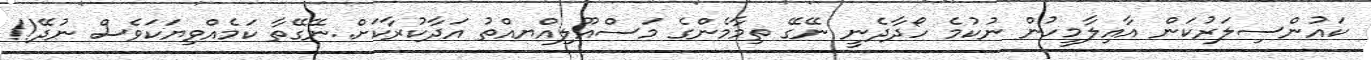
ކައުންސިލަރުކަން އާއިލާމީހުން ނުކުމެ ހޯދާދެނީ ނޭގޭ ތިމާމެންގެ މަސްއޫލިއްޔއްތު އަދާކުރާކަށް..ނޭގޭތާ ކަމެއްވިޔަކަވެސް ނުދޭ!!